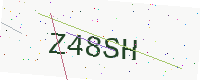
Text: Z48SH